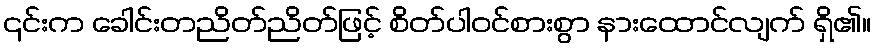
၎င်းက ခေါင်းတညိတ်ညိတ်ဖြင့် စိတ်ပါဝင်စားစွာ နားထောင်လျက် ရှိ၏။